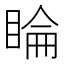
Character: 睔